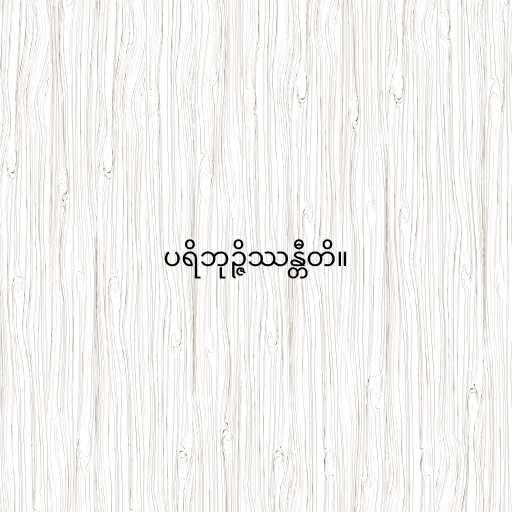
ပရိဘုဉ္ဇိဿန္တီတိ။